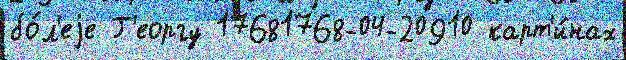
бо́л'еjе Г'еоргу 17681768-04-20910 карт'и́нах